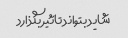
شاید بتواند تاثیر بگذارد